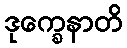
ဒုက္ခေနာတိ